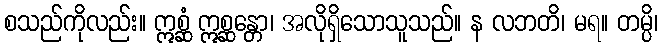
စသည်ကိုလည်း။ ဣစ္ဆံ ဣစ္ဆန္တော၊ အလိုရှိသောသူသည်။ န လဘတိ၊ မရ။ တမ္ပိ၊